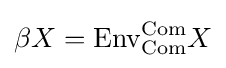
\beta X={\text{Env}}_{\text{Com}}^{\text{Com}}X